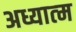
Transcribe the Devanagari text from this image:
अध्यात्‍म